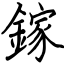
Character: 鎵